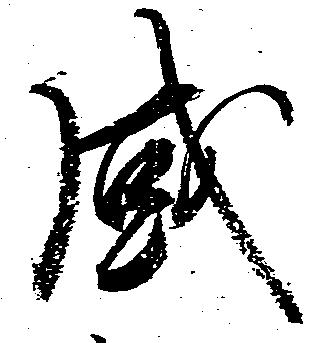
感